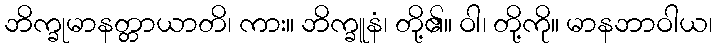
ဘိက္ခုမာနတ္တာယာတိ၊ ကား။ ဘိက္ခူနံ၊ တို့၏။ ဝါ၊ တို့ကို။ မာနဘာဝါယ၊